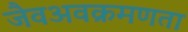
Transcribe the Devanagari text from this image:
जैवअवक्रमणता